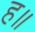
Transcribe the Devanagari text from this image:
ह॥